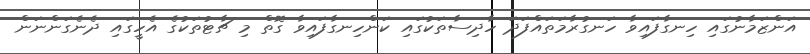
އަންޒަމާނުގައި ހިނގާފައިވާ ހަނގުރާމަތައްފަދަ ހާދިސާތަކުގައި ކަންހިނގާފައިވާ ގޮތް މި ޗާޓުތަކުގެ އެހީގައި ދެނެގަންނަން